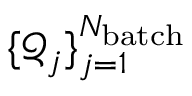
\{ \mathcal { Q } _ { j } \} _ { j = 1 } ^ { N _ { \mathrm { b a t c h } } }